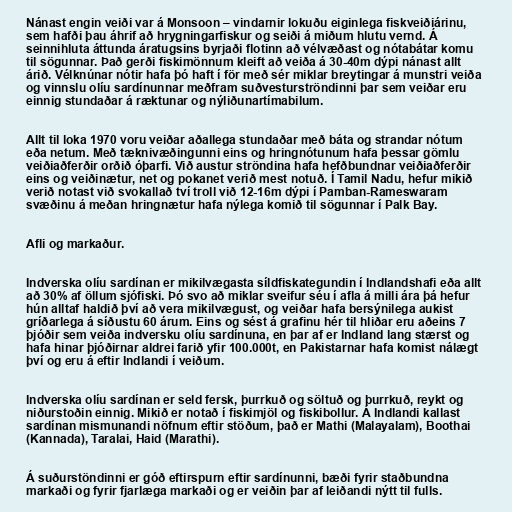
Nánast engin veiði var á Monsoon – vindarnir lokuðu eiginlega fiskveiðiárinu,
sem hafði þau áhrif að hrygningarfiskur og seiði á miðum hlutu vernd. Á
seinnihluta áttunda áratugsins byrjaði flotinn að vélvæðast og nótabátar komu
til sögunnar. Það gerði fiskimönnum kleift að veiða á 30-40m dýpi nánast allt
árið. Vélknúnar nótir hafa þó haft í för með sér miklar breytingar á munstri veiða
og vinnslu olíu sardínunnar meðfram suðvesturströndinni þar sem veiðar eru
einnig stundaðar á ræktunar og nýliðunartímabilum.

Allt til loka 1970 voru veiðar aðallega stundaðar með báta og strandar nótum
eða netum. Með tæknivæðingunni eins og hringnótunum hafa þessar gömlu
veiðiaðferðir orðið óþarfi. Við austur ströndina hafa hefðbundnar veiðiaðferðir
eins og veiðinætur, net og pokanet verið mest notuð. Í Tamil Nadu, hefur mikið
verið notast við svokallað tví troll við 12-16m dýpi í Pamban-Rameswaram
svæðinu á meðan hringnætur hafa nýlega komið til sögunnar í Palk Bay.

Afli og markaður.

Indverska olíu sardínan er mikilvægasta síldfiskategundin í Indlandshafi eða allt
að 30% af öllum sjófiski. Þó svo að miklar sveifur séu í afla á milli ára þá hefur
hún alltaf haldið því að vera mikilvægust, og veiðar hafa bersýnilega aukist
gríðarlega á síðustu 60 árum. Eins og sést á grafinu hér til hliðar eru aðeins 7
þjóðir sem veiða indversku olíu sardínuna, en þar af er Indland lang stærst og
hafa hinar þjóðirnar aldrei farið yfir 100.000t, en Pakistarnar hafa komist nálægt
því og eru á eftir Indlandi í veiðum.

Indverska olíu sardínan er seld fersk, þurrkuð og söltuð og þurrkuð, reykt og
niðurstoðin einnig. Mikið er notað í fiskimjöl og fiskibollur. Á Indlandi kallast
sardínan mismunandi nöfnum eftir stöðum, það er Mathi (Malayalam), Boothai
(Kannada), Taralai, Haid (Marathi).

Á suðurstöndinni er góð eftirspurn eftir sardínunni, bæði fyrir staðbundna
markaði og fyrir fjarlæga markaði og er veiðin þar af leiðandi nýtt til fulls.